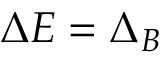
\Delta E = \Delta _ { B }